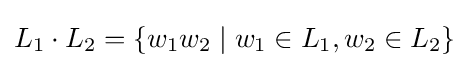
L_{1}\cdot L_{2}=\left\{w_{1}w_{2}\mid w_{1}\in L_{1},w_{2}\in L_{2}\right\}